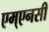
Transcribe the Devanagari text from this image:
एम्एनसी